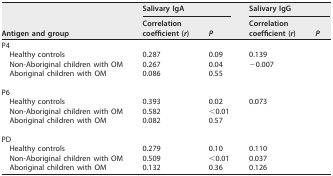
<table><thead><tr><td rowspan="2"><b>Antigen and group</b></td><td colspan="2"><b>Salivary IgA</b></td><td colspan="2"><b>Salivary IgG</b></td></tr><tr><td><b>Correlation coefficient (<i>r</i>)</b></td><td><b><i>P</i></b></td><td><b>Correlation coefficient (<i>r</i>)</b></td><td><b><i>P</i></b></td></tr></thead><tbody><tr><td>P4</td><td>[EMPTY_CELL]</td><td>[EMPTY_CELL]</td><td>[EMPTY_CELL]</td><td>[EMPTY_CELL]</td></tr><tr><td>Healthy controls</td><td>0.287</td><td>0.09</td><td>0.139</td><td>[EMPTY_CELL]</td></tr><tr><td>Non-Aboriginal children with OM</td><td>0.267</td><td>0.04</td><td>−0.007</td><td>[EMPTY_CELL]</td></tr><tr><td>Aboriginal children with OM</td><td>0.086</td><td>0.55</td><td>[EMPTY_CELL]</td><td>[EMPTY_CELL]</td></tr><tr><td>P6</td><td>[EMPTY_CELL]</td><td>[EMPTY_CELL]</td><td>[EMPTY_CELL]</td><td>[EMPTY_CELL]</td></tr><tr><td>Healthy controls</td><td>0.393</td><td>0.02</td><td>0.073</td><td>[EMPTY_CELL]</td></tr><tr><td>Non-Aboriginal children with OM</td><td>0.582</td><td>&lt;0.01</td><td>[EMPTY_CELL]</td><td>[EMPTY_CELL]</td></tr><tr><td>Aboriginal children with OM</td><td>0.082</td><td>0.57</td><td>[EMPTY_CELL]</td><td>[EMPTY_CELL]</td></tr><tr><td>PD</td><td>[EMPTY_CELL]</td><td>[EMPTY_CELL]</td><td>[EMPTY_CELL]</td><td>[EMPTY_CELL]</td></tr><tr><td>Healthy controls</td><td>0.279</td><td>0.10</td><td>0.110</td><td>[EMPTY_CELL]</td></tr><tr><td>Non-Aboriginal children with OM</td><td>0.509</td><td>&lt;0.01</td><td>0.037</td><td>[EMPTY_CELL]</td></tr><tr><td>Aboriginal children with OM</td><td>0.132</td><td>0.36</td><td>0.126</td><td>[EMPTY_CELL]</td></tr></tbody></table>